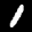
Digit: 1